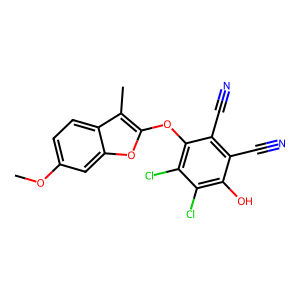
SMILES: COc1ccc2c(C)c(Oc3c(Cl)c(Cl)c(O)c(C#N)c3C#N)oc2c1
Inhibits HIV replication: No